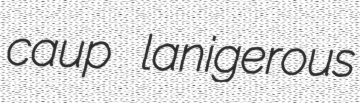
caup lanigerous